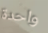
واحدة